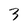
Character: 3